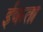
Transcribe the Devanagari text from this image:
ईकता